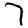
Digit: 7